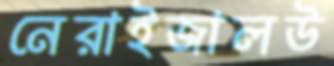
নেরাইজালউ